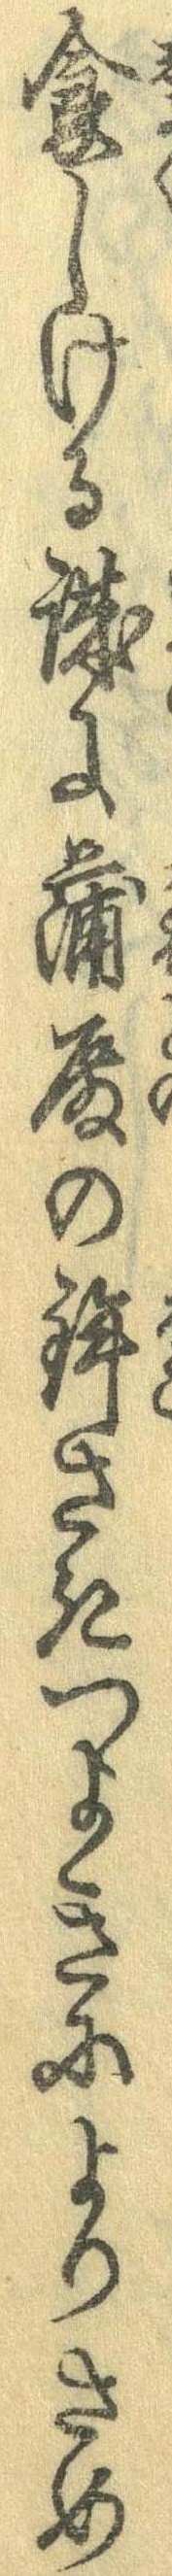
食しける誠に蒲殿の鉾さきつよきによりさめ